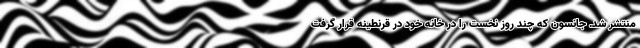
منتشر شد. جانسون که چند روز نخست را در خانه خود در قرنطینه قرار گرفت